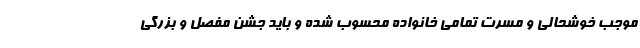
موجب خوشحالی و مسرت تمامی خانواده محسوب شده و باید جشن مفصل و بزرگی